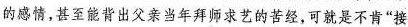
的感情，甚至能背出父亲当年拜师求艺的苦经，可就是不肯”接